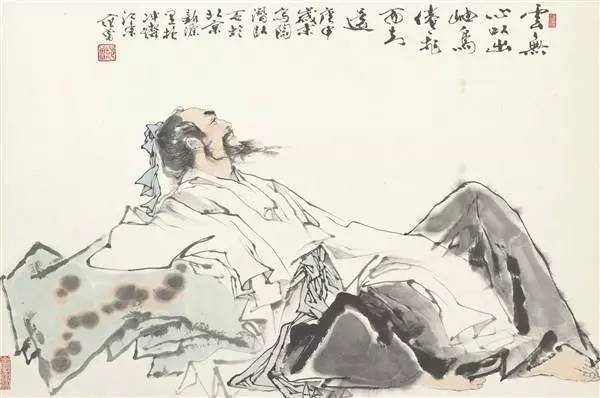
少无适俗韵，性本爱丘山。